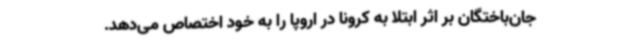
جان‌باختگان بر اثر ابتلا به کرونا در اروپا را به خود اختصاص می‌دهد.